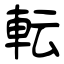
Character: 転